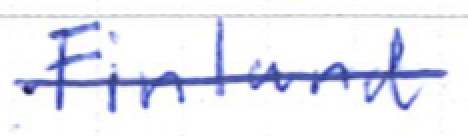
Text: Finland
Cross-out: mix
Writing tool: ballpoint